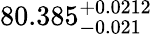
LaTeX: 80.385_{-0.021}^{+0.0212}